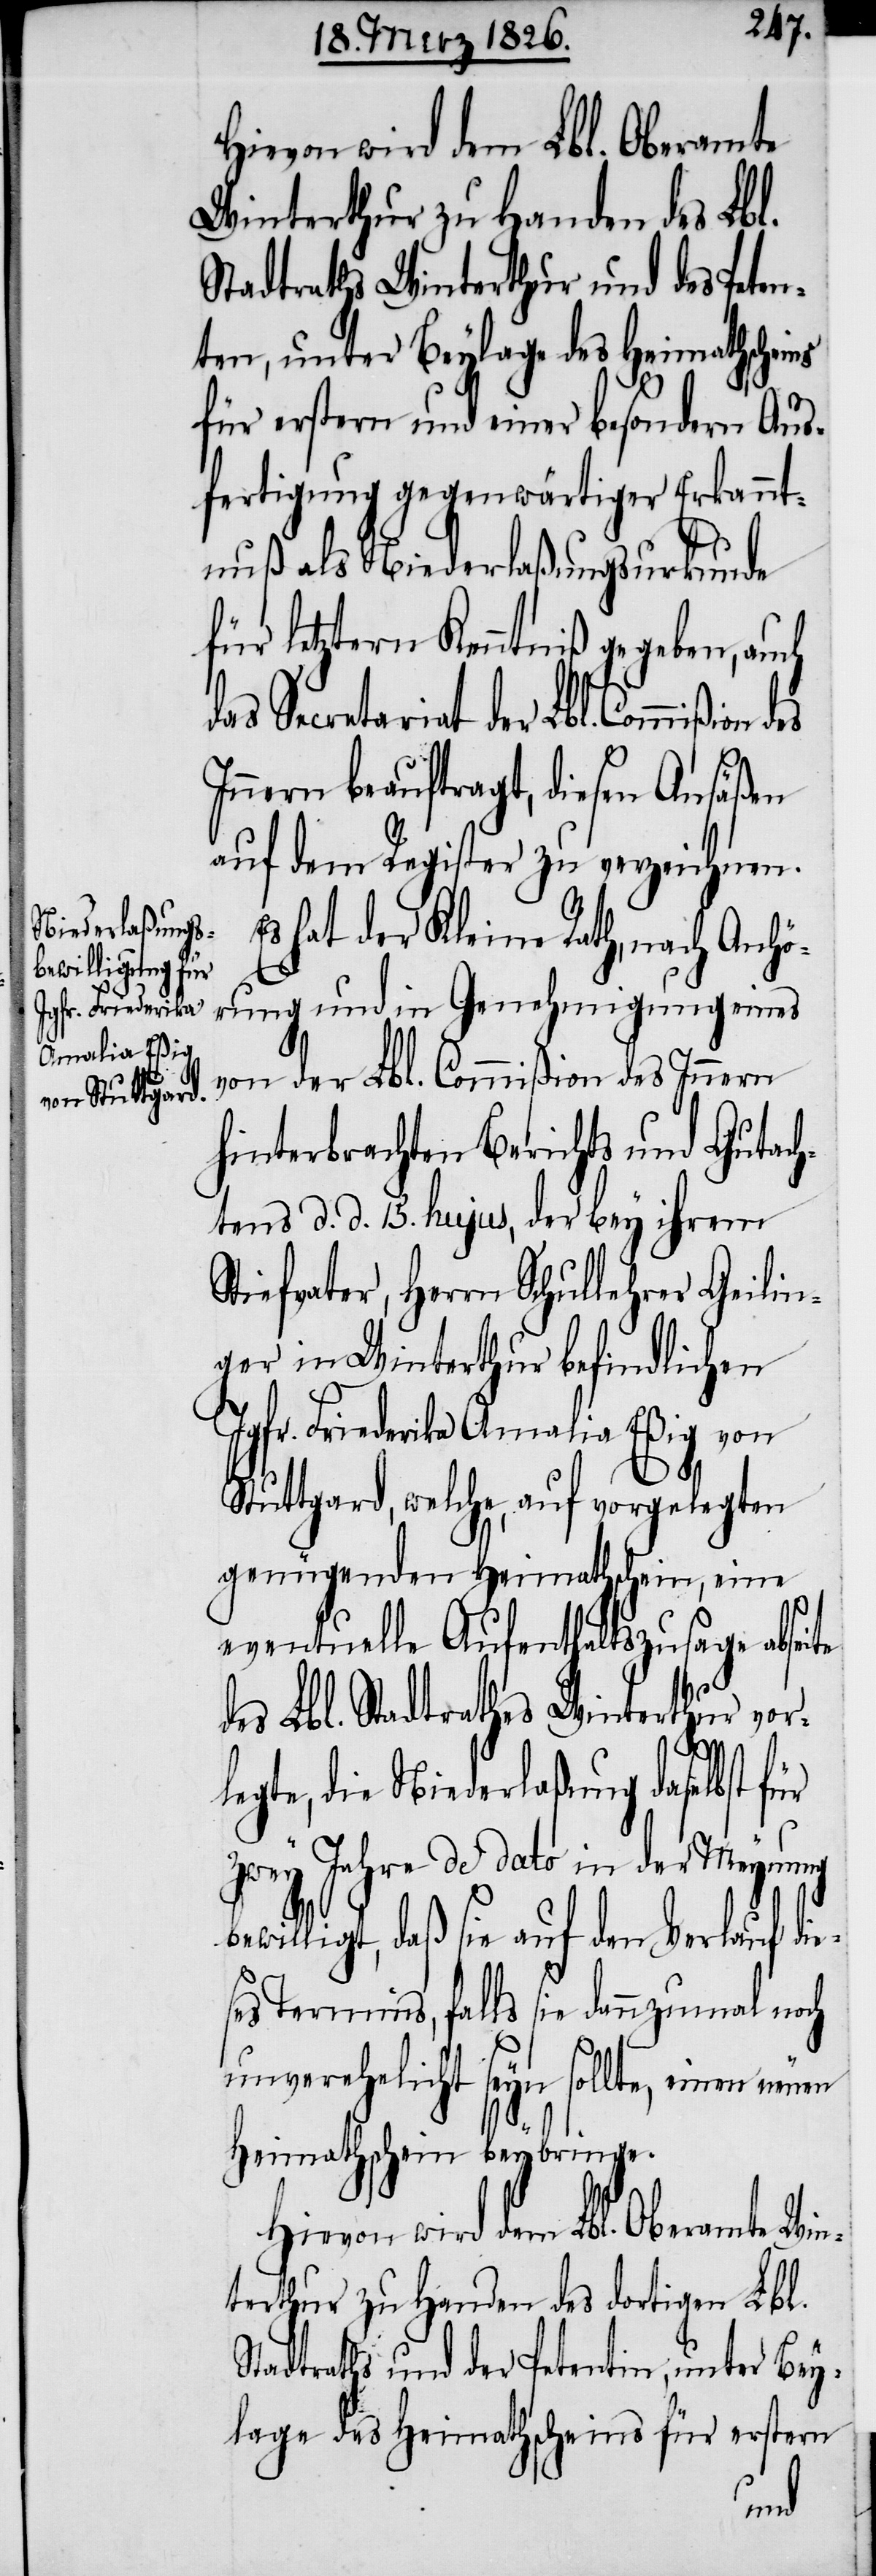
das Secretar¬

Hievon wird dem Lbl. Oberamte
Winterthur zu Handen des Lbl.
Stadtrathes Winterthur und des Peten¬
ten, unter Beylage des Heimathscheins
für erstern und einer besondern Aus¬
fertigung gegenwärtiger Erkannt¬
nuß als Niederlaßungsurkunde
für letztern Kenntniß gegeben, auch
n beauftragt, diesen Ansäßen
auf dem Register zu verzeichnen.
Es hat der Kleine Rath, nach Anhö¬
rung und in Genehmigung eines
von der Lbl. Commißion des Innern
hinterbrachten Berichts und Gutach¬
tens d. d. 15. hujus, der bey ihrem
Stiefvater, Herrn Schullehrer Geilin¬
ger in Winterthur befindlichen
Jgfr. Friederika Amalia Eßig von
Stuttgard, welche, auf vorgelegten
genügenden Heimathschein, eine
eventuelle Aufenthaltszusage abseite
des Lbl. Stadtrathes Winterthur vorl¬
egte, die Niederlaßung daselbst für
zwey Jahre de dato in der Meynung
willigt, daß sie auf den Verlauf die¬
ses Termins, falls sie dannzumal noch
unverehelicht seyn sollte, einen neuen
Heimathschein beybringe.
Hievon wird dem Lbl. Oberamte Win¬
terthur zu Handen des dortigen Lbl.
Stadtraths und der Petentin, unter Bey¬
lage des Heimathscheins für erstern
be¬